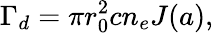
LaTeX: \Gamma_{d}=\pi r_{0}^{2}cn_{e}J(a),